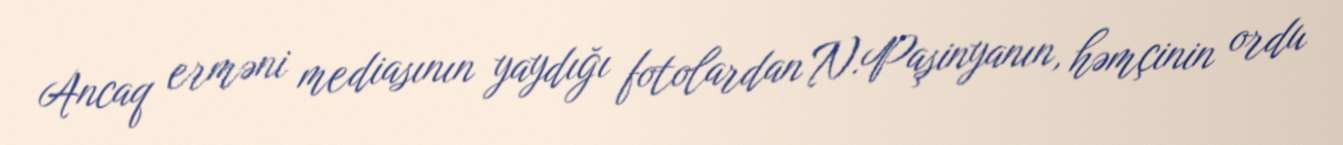
Ancaq erməni mediasının yaydığı fotolardan N.Paşinyanın, həmçinin ordu